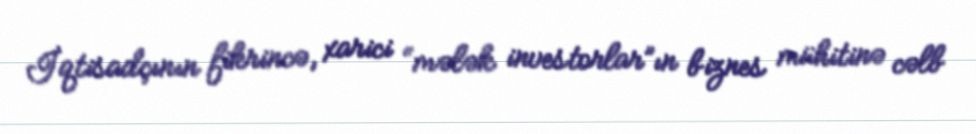
İqtisadçının fikrincə, xarici “mələk investorlar”ın biznes mühitinə cəlb